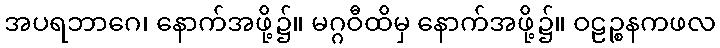
အပရဘာဂေ၊ နောက်အဖို့၌။ မဂ္ဂဝီထိမှ နောက်အဖို့၌။ ဝဠဉ္စနကဖလ